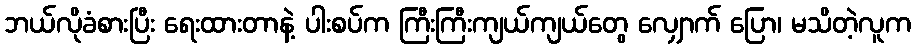
ဘယ်လိုခံစားပြီး ရေးထားတာနဲ့ ပါးစပ်က ကြီးကြီးကျယ်ကျယ်တွေ လျှောက် ပြော၊ မသိတဲ့လူက